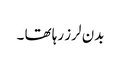
بدن لرز رہا تھا ۔